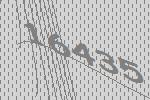
16435